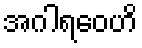
အဂါရဝေဟိ